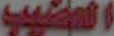
العضيب